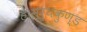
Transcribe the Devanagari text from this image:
है।सूर्यकुण्ड